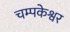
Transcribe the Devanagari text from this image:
चम्पकेश्वर